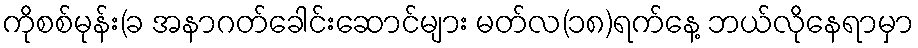
ကိုစစ်မုန်း(ခ အနာဂတ်ခေါင်းဆောင်များ မတ်လ(၁၈)ရက်နေ့ ဘယ်လိုနေရာမှာ